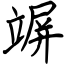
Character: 竮